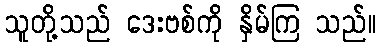
သူတို့သည် ဒေးဗစ်ကို နှိမ်ကြ သည်။